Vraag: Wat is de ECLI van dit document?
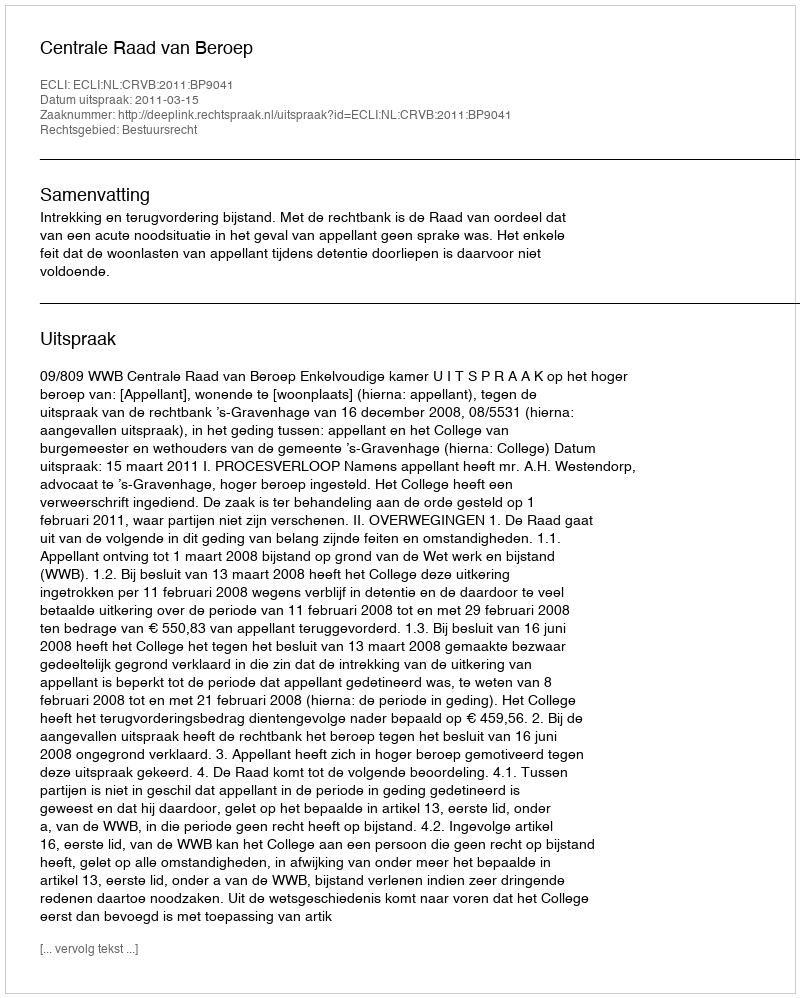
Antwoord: ECLI:NL:CRVB:2011:BP9041